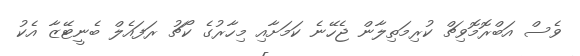
ވެސް އަބްރޮމޮވިޗް ކުރިމަތިލާން ޖެހޭނެ ކަމަށާއި މިހާރުގެ ކޯޗު ރަފައެލް ބެނީޓޭޒާ އެކު